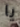
يا